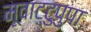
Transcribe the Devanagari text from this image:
मूवाट्टुपुपा